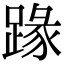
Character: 𨂦